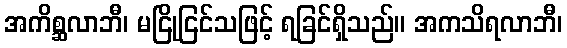
အကိစ္ဆလာဘီ၊ မငြိုငြင်သဖြင့် ရခြင်ရှိသည်။ အကသိရလာဘီ၊